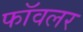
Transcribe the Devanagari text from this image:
फॉवलर